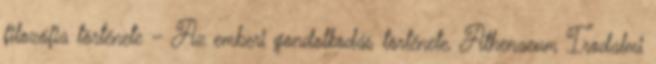
filozófia története – Az emberi gondolkodás története, Athenaeum Irodalmi